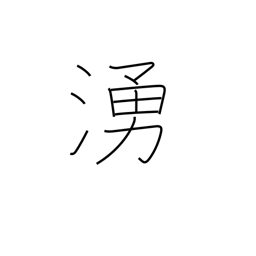
Meaning: uproar